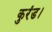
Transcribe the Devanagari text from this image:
कुरंड।